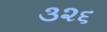
૩૨૬